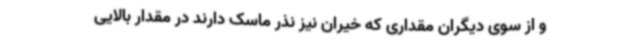
و از سوی دیگران مقداری که خیران نیز نذر ماسک دارند در مقدار بالایی